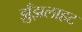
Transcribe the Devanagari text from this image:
झुँझलाहट